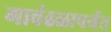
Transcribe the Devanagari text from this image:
गावंढळापर्यंत